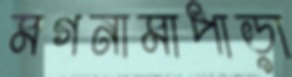
মগনামাপাড়া